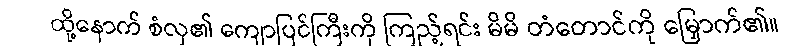
ထို့နောက် စံလှ၏ ကျောပြင်ကြီးကို ကြည့်ရင်း မိမိ တံတောင်ကို မြှောက်၏။